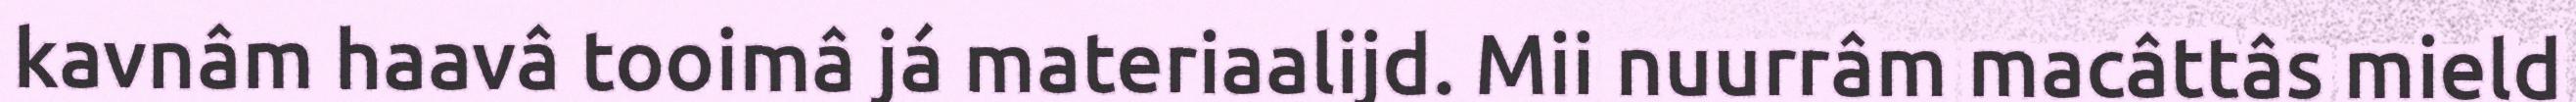
kavnâm haavâ tooimâ já materiaalijd. Mii nuurrâm macâttâs mield